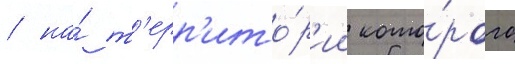
/ на́ т'ерр'ито́р'ии кото́рого